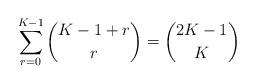
LaTeX: \begin{align*} \sum_{r = 0}^{K - 1} \binom{K - 1 + r}{r} = \binom{2 K - 1}{K}\end{align*}